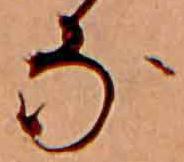
な